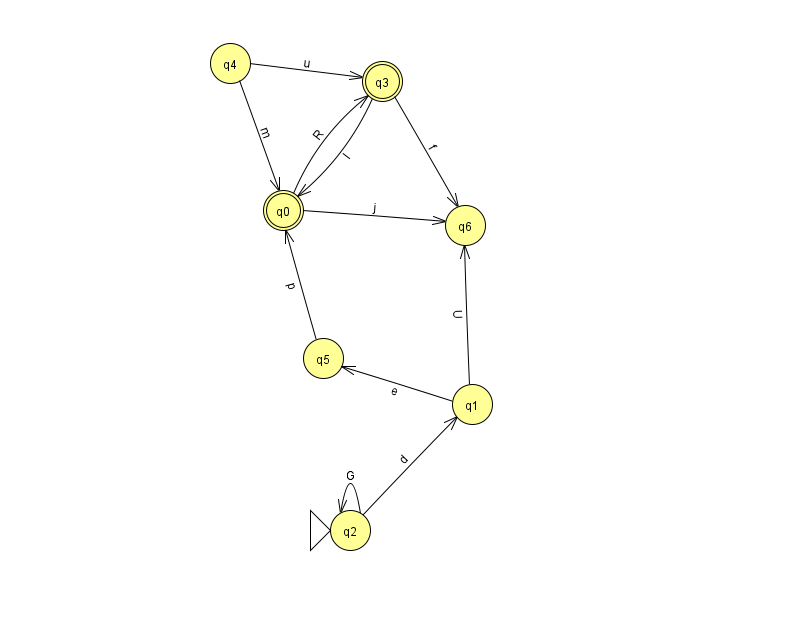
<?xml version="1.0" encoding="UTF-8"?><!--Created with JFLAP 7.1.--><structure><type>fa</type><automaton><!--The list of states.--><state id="0" name="q0"><x>283.0</x><y>197.0</y><final/></state><state id="1" name="q1"><x>472.0</x><y>391.0</y></state><state id="2" name="q2"><x>350.0</x><y>517.0</y><initial/></state><state id="3" name="q3"><x>382.0</x><y>68.0</y><final/></state><state id="4" name="q4"><x>230.0</x><y>50.0</y></state><state id="5" name="q5"><x>323.0</x><y>345.0</y></state><state id="6" name="q6"><x>465.0</x><y>212.0</y></state><!--The list of transitions.--><transition><from>1</from><to>6</to><read>U</read></transition><transition><from>5</from><to>0</to><read>p</read></transition><transition><from>3</from><to>0</to><read>I</read></transition><transition><from>3</from><to>6</to><read>f</read></transition><transition><from>0</from><to>6</to><read>j</read></transition><transition><from>2</from><to>2</to><read>G</read></transition><transition><from>4</from><to>3</to><read>u</read></transition><transition><from>2</from><to>1</to><read>d</read></transition><transition><from>4</from><to>0</to><read>m</read></transition><transition><from>0</from><to>3</to><read>R</read></transition><transition><from>1</from><to>5</to><read>e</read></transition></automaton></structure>